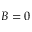
B = 0